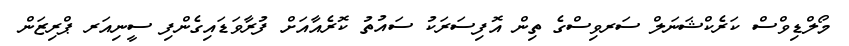
މޯލްޑިވްސް ކަރެކްޝަނަލް ސަރވިސްގެ ތިން އޮފިސަރަކު ސައުތު ކޮރެއާއަށް ފުރާވަޑައިގެންފި ސީނިއަރ ޕްރިޒަން